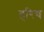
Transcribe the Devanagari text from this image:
हरिच